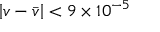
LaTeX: \left| v - { \bar { v } } \right| < 9 \times 1 0 ^ { - 5 }